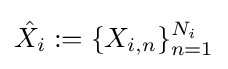
{\hat {X_{i}}}:=\{X_{i,n}\}_{n=1}^{N_{i}}